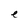
Character: e